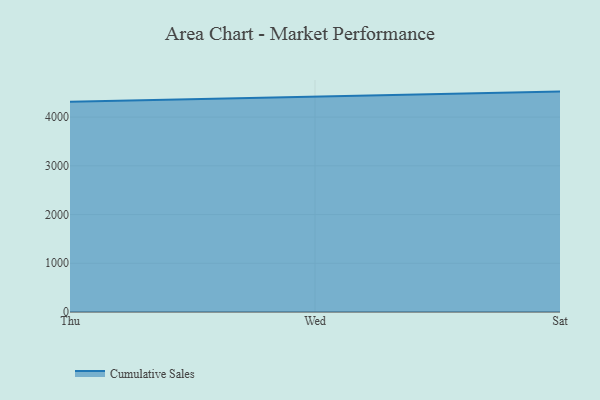
{"axis": {"x": "Day", "y": "Latency (ms)"}, "legend": ["Cumulative Sales"], "data": [{"x": "Thu", "y": 4315.8, "type": "Cumulative Sales"}, {"x": "Wed", "y": 4419.0, "type": "Cumulative Sales"}, {"x": "Sat", "y": 4522.7, "type": "Cumulative Sales"}]}